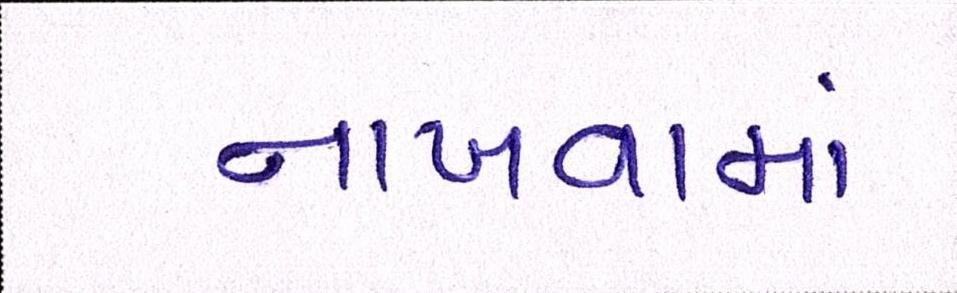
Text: નાખવામાં